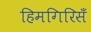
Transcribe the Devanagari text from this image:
हिमगिरिसँ